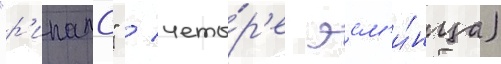
"р'ипалс" / четы́р'е эсм'и́нца)